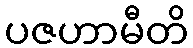
ပဇဟာမီတိ